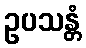
ဥပသန္တံ